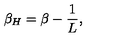
\beta _ { H } = \beta - { \frac { 1 } { L } } ,